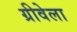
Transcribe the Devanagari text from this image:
ग्रीवेला